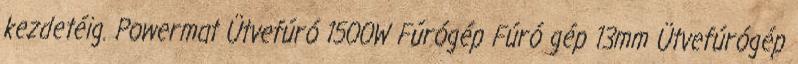
kezdetéig. Powermat Ütvefúró 1500W Fúrógép Fúró gép 13mm Ütvefúrógép